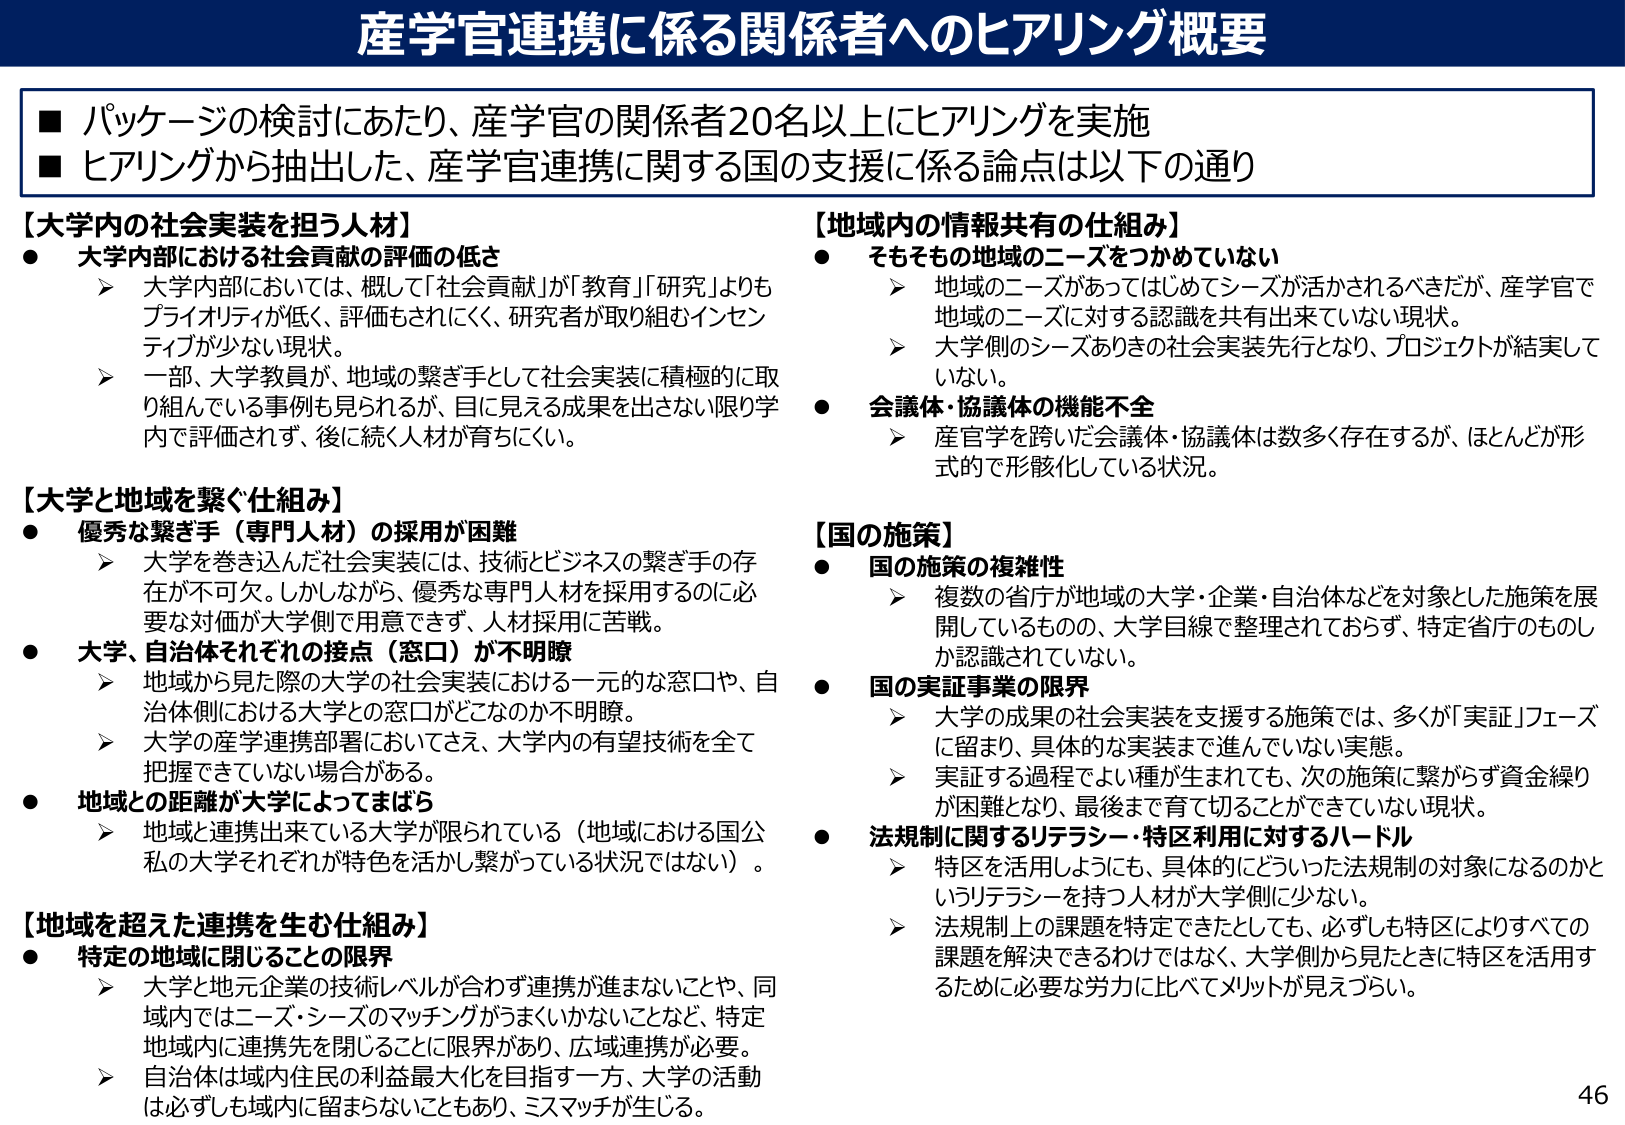
産学官連携に係る関係者へのヒアリング概要

■ パッケージの検討にあたり、産学官の関係者20名以上にヒアリングを実施
■ ヒアリングから抽出した、産学官連携に関する国の支援に係る論点は以下の通り

【大学内の社会実装を担う人材】
● 大学内部における社会貢献の評価の低さ
　➤ 大学内部においては、概して「社会貢献」が「教育」「研究」よりもプライオリティが低く、評価もされにくく、研究者が取り組むインセンティブが少ない現状。
　➤ 一部、大学教員が、地域の繋ぎ手として社会実装に積極的に取り組んでいる事例も見られるが、目に見える成果を出さない限り学内で評価されず、後に続く人材が育ちにくい。

【大学と地域を繋ぐ仕組み】
● 優秀な繋ぎ手（専門人材）の採用が困難
　➤ 大学を巻き込んだ社会実装には、技術とビジネスの繋ぎ手の存在が不可欠。しかしながら、優秀な専門人材を採用するのに必要な対価が大学側で用意できず、人材採用に苦戦。
● 大学、自治体それぞれの接点（窓口）が不明瞭
　➤ 地域から見た際の大学の社会実装における一元的な窓口や、自治体側における大学との窓口がどこなのか不明瞭。
　➤ 大学の産学連携部署においてさえ、大学内の有望技術を全て把握できていない場合がある。
● 地域との距離が大学によってはまる
　➤ 地域と連携出来ている大学が限られている（地域における国公私の大学それぞれが特色を活かし繋がっている状況ではない）。

【地域を超えた連携を生む仕組み】
● 特定の地域に閉じることの限界
　➤ 大学と地元企業の技術レベルが合わず連携が進まないことや、同域内ではニーズ・シーズのマッチングがうまくいかないことなど、特定地域内に連携先を閉じることに限界があり、広域連携が必要。
　➤ 自治体は域内住民の利益最大化を目指す一方、大学の活動は必ずしも域内に留まらないこともあり、ミスマッチが生じる。

【地域内の情報共有の仕組み】
● そもそも地域のニーズをつかめていない
　➤ 地域のニーズがあってはじめてシーズが活かされるべきだが、産学官で地域のニーズに対する認識を共有出来ていない現状。
　➤ 大学側のシーズありきの社会実装先行となり、プロジェクトが結実していない。
● 会議体・協議体の機能不全
　➤ 産官学を跨いだ会議体・協議体は数多く存在するが、ほとんどが形式的で形骸化している状況。

【国の施策】
● 国の施策の複雑性
　➤ 複数の省庁が地域の大学・企業・自治体などを対象とした施策を展開しているものの、大学目線で整理されておらず、特定省庁のものしか認識されていない。
● 国の実証事業の限界
　➤ 大学の成果の社会実装を支援する施策では、多くが「実証」フェーズに留まり、具体的な実装まで進んでいない実態。
　➤ 実証する過程でよい種が生まれても、次の施策に繋がらず資金繰りが困難となり、最後まで育て切ることができていない現状。
● 法規制に関するリテラシー・特区利用に対するハードル
　➤ 特区を活用しようとしても、具体的にどういった法規制の対象になるのかというリテラシーを持つ人材が大学側に少ない。
　➤ 法規制上の課題を特定できたとしても、必ずしも特区によりすべての課題を解決できるわけではなく、大学側から見たときに特区を活用するために必要な労力に比べてメリットが見えづらい。

46